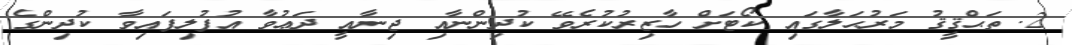
2. ތަޙްޤީޤު މަރުޙަލާގައި ކޯޓަށް ހާޒިރުކުރެވޭ ކުދިންނާއި ޖިނާއީ ދަޢުވާ އުފުލިފައިވާ ކުދިންގެ